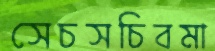
সেচসচিবমা